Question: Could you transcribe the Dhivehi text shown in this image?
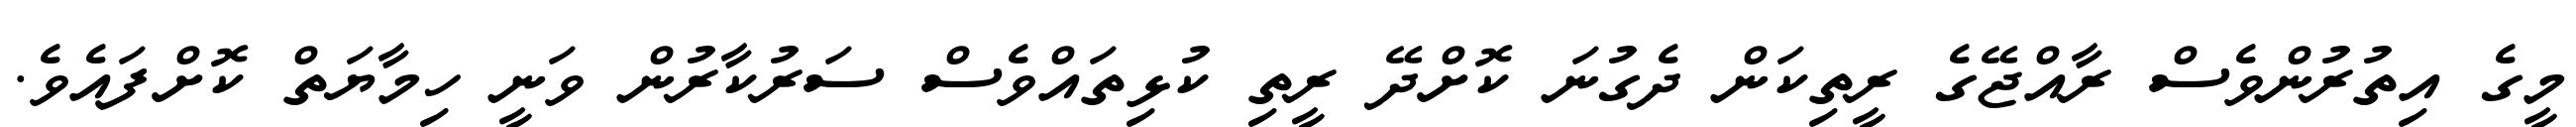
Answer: މީގެ އިތުރުންވެސް ރާއްޖޭގެ ރީތިކަން ދެގުނަ ކޮށްދޭ ރީތި ކުޅިތައްވެސް ސަރުކާރުން ވަނީ ހިމާޔަތް ކޮށްފައެވެ.